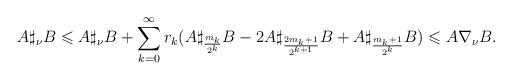
LaTeX: \begin{align*} A \sharp_{\nu} B \leqslant A \sharp_{\nu} B + \sum _{k=0}^{\infty} r_{k} (A\sharp_{\frac{m_k}{2^k}} B -2 A\sharp_{\frac{2m_k+1}{2^{k+1}}}B+ A\sharp_{\frac{m_k+1}{2^k}} B) \leqslant A \nabla_{\nu} B.\end{align*}